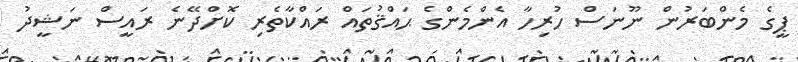
ޕީގެ މެންބަރުން ނޫނަސް ހުރިހާ އެންމެންގެ ޙައްޤުތައް ރައްކާތެރި ކޮށްދޭނެ ރައީސް ނަޝީދު